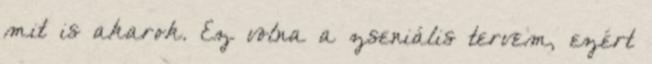
mit is akarok. Ez volna a zseniális tervem, ezért